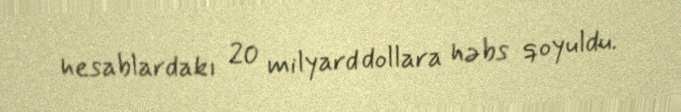
hesablardakı 20 milyard dollara həbs qoyuldu.